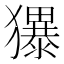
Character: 𪻌